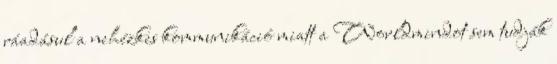
ráadásul a nehézkes kommunikáció miatt a Worldmindot sem tudják